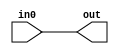

module L_ALU_16 (in0, out);

// Handles WRITE
// Control bits: None
// Immediate bits: None

	input [15:0] in0;
	
	output [15:0] out;
	
	// No really, that's it. This doesn't even feel like it should be a component.
	assign out = in0;
	
endmodule